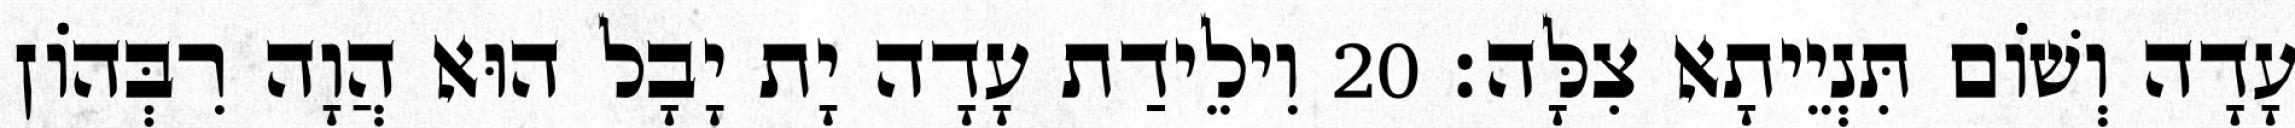
עָדָה וְשׁוֹם תִּנְיֵיתָא צִלָּה׃ 20 וִילֵידַת עָדָה יָת יָבָל הוּא הֲוָה רִבְּהוֹן